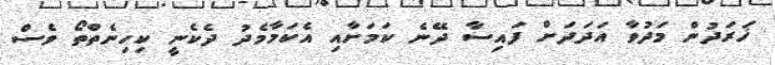
ޚަރަދުން މަދުވާ އަދަދަށް ފައިސާ ދޭނެ ކަމަށާއި އެކަމާމެދު ދެކެނީ ކިހިނެތްތޯ ވެސް